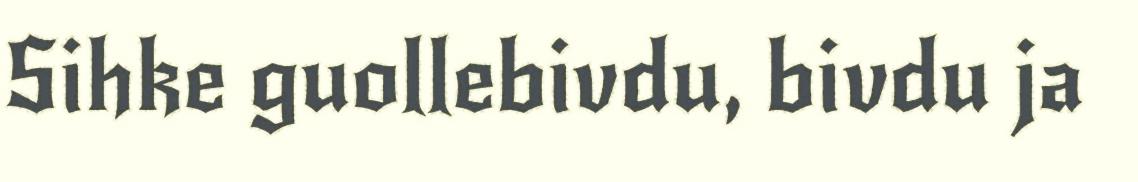
Sihke guollebivdu, bivdu ja